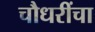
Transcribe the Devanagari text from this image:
चौधरींचा